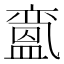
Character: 𱲙